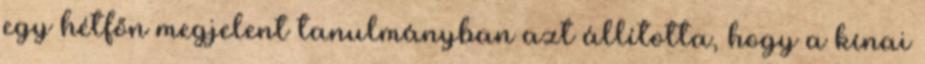
egy hétfőn megjelent tanulmányban azt állította, hogy a kínai